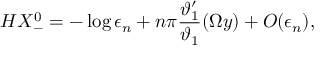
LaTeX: H X _ { - } ^ { 0 } = - \log \epsilon _ { n } + n \pi \frac { \vartheta _ { 1 } ^ { \prime } } { \vartheta _ { 1 } } ( \Omega y ) + { \cal O } ( \epsilon _ { n } ) ,